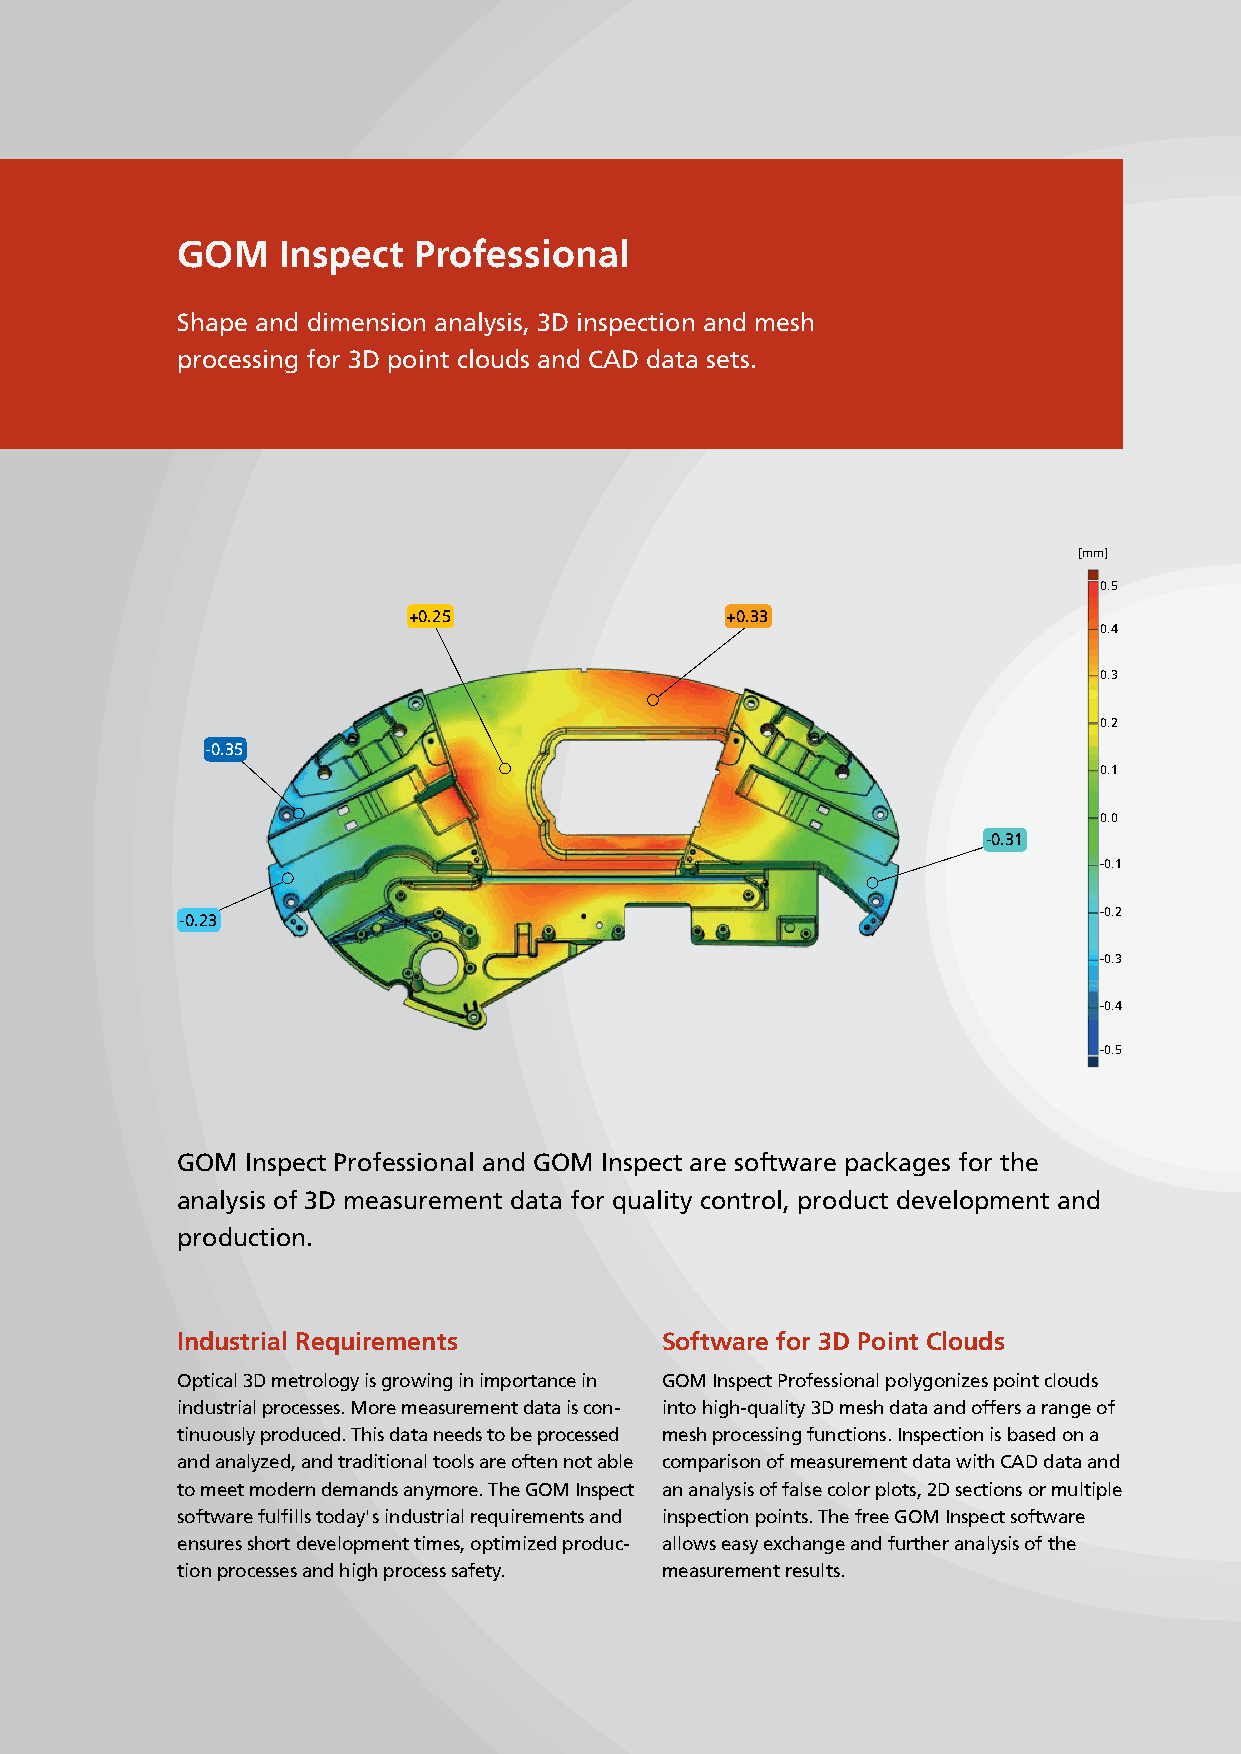
GOM   Inspect  Professional
 Shape and dimension analysis, 3D inspection and mesh
 processing for 3D point clouds and CAD data sets.
 [mm]
 0.5
 +0.25                +0.33
 0.4
 0.3
 0.2
 -0.35
 0.1
 0.0
 -0.31
 -0.1
 -0.2
 -0.23
 -0.3
 -0.4
 -0.5
 GOM Inspect Professional and GOM Inspect are software packages for the
 analysis of 3D measurement data for quality control, product development and
 production.
 Industrial Requirements         Software for 3D Point Clouds
 Optical 3D metrology is growing in importance in GOM Inspect Professional polygonizes point clouds
 industrial processes. More measurement data is con- into high-quality 3D mesh data and offers a range of
 tinuously produced. This data needs to be processed mesh processing functions. Inspection is based on a
 and analyzed, and traditional tools are often not able comparison of measurement data with CAD data and
 to meet modern demands anymore. The GOM Inspect an analysis of false color plots, 2D sections or multiple
 software fulfills today' s industrial requirements and inspection points. The free GOM Inspect software
 ensures short development times, optimized produc- allows easy exchange and further analysis of the
 tion processes and high process safety. measurement results.